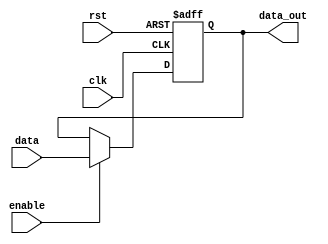
module pc (
    input               clk,
    input               rst,
    input [31:0]        data,
    input               enable,

    output reg [31:0]       data_out
    
);

    always @(posedge clk or posedge rst) begin
        
        if (rst) begin
            data_out <= 0;
        end
        else if (enable) begin
           data_out <= data;
        end
        
    end
    
endmodule